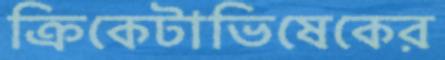
ক্রিকেটাভিষেকের